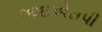
આઇએસપી